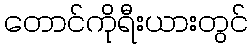
တောင်ကိုရီးယားတွင်